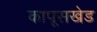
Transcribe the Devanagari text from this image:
कापूसखेड